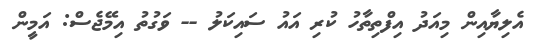
އެލިޔާއިން މިއަދު އިފްތިތާހު ކުރި އައު ސައިކަލު -- ވަގުތު އިމޭޖެސް: އަމީން